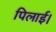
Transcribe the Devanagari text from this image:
पिलाई।